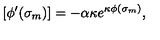
[ \phi ^ { \prime } ( \sigma _ { m } ) ] = - \alpha \kappa e ^ { \kappa \phi ( \sigma _ { m } ) } ,